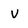
Character: V